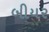
બીયર